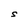
Character: S